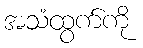
အသံထွက်ကို